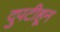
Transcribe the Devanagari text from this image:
दुपटीहून